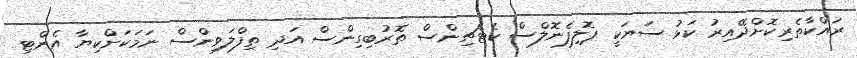
ރައްކާތެރިކޮށްދޭއިރު ކަޅު ސަޔަކީ ޕޮލިފެނޮލްސް ކެޓެޗިންސް ތޮރުބިގިންސް އަދި ތިފްލަވިންސް ނަމަކަށްކިޔާ އެންޓި